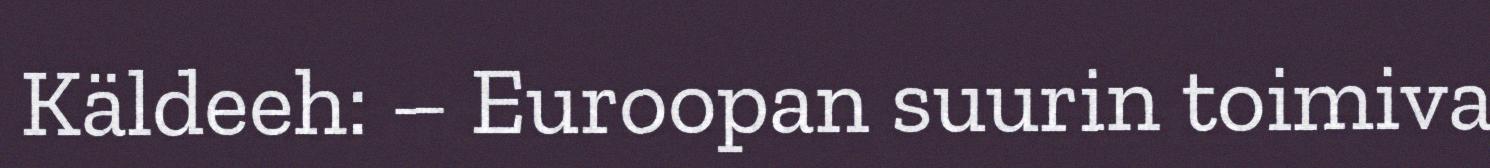
Käldeeh: – Euroopan suurin toimiva